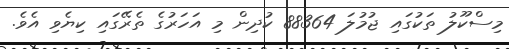
މިސްކޫލު ތަކުގައި ޖުމުލަ 88364 ކުދިން މި އަހަރުގެ ތެރޭގައި ކިޔެވި އެވެ.